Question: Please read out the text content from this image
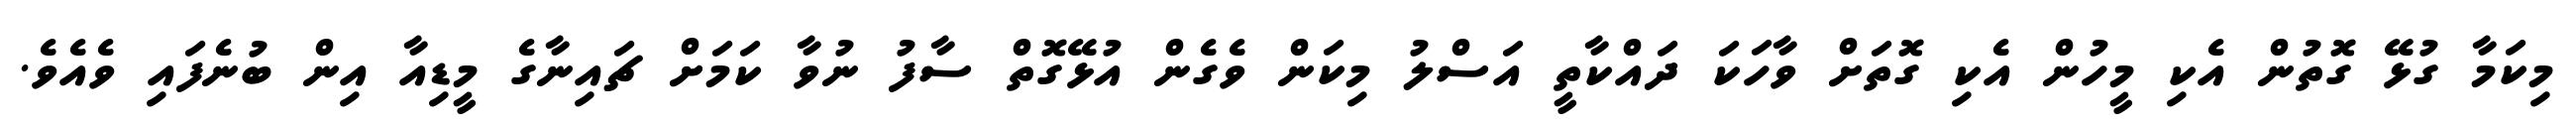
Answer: މިކަމާ ގުޅޭ ގޮތުން އެކި މީހުން އެކި ގޮތަށް ވާހަކަ ދައްކާތީ އަސްލު މިކަން ވެގެން އުޅޭގޮތް ސާފު ނުވާ ކަމަށް ޗައިނާގެ މީޑިއާ އިން ބުނެފައި ވެއެވެ.